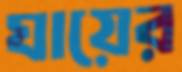
ঘায়ের